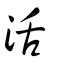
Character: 活